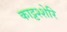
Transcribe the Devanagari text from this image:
काट्टश्शेरि